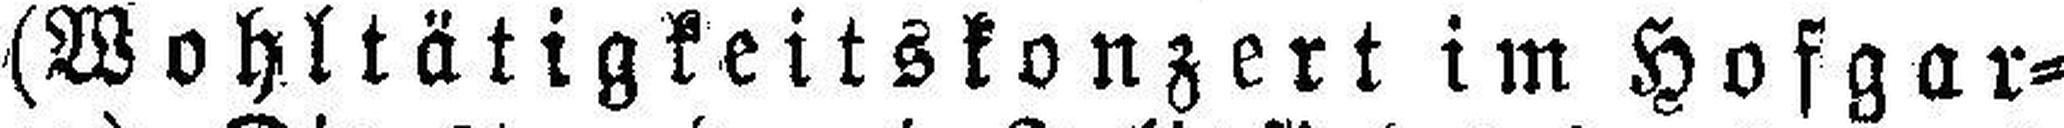
(Wohltätigkeitskonzert im Hofgar¬